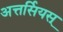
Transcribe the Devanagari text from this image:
अत्तर्सियस्